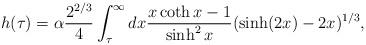
LaTeX: \begin{align*}h(\tau) = \alpha \frac {2^{2/3}}{4} \int_{\tau}^{\infty} dx \frac {x \coth x -1}{\sinh^2 x}(\sinh(2x)-2x)^{1/3},\end{align*}